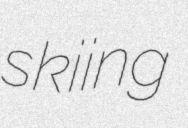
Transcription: skiing